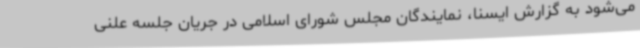
می‌شود به گزارش ایسنا، نمایندگان مجلس شورای اسلامی در جریان جلسه علنی